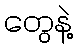
တွေနဲ့